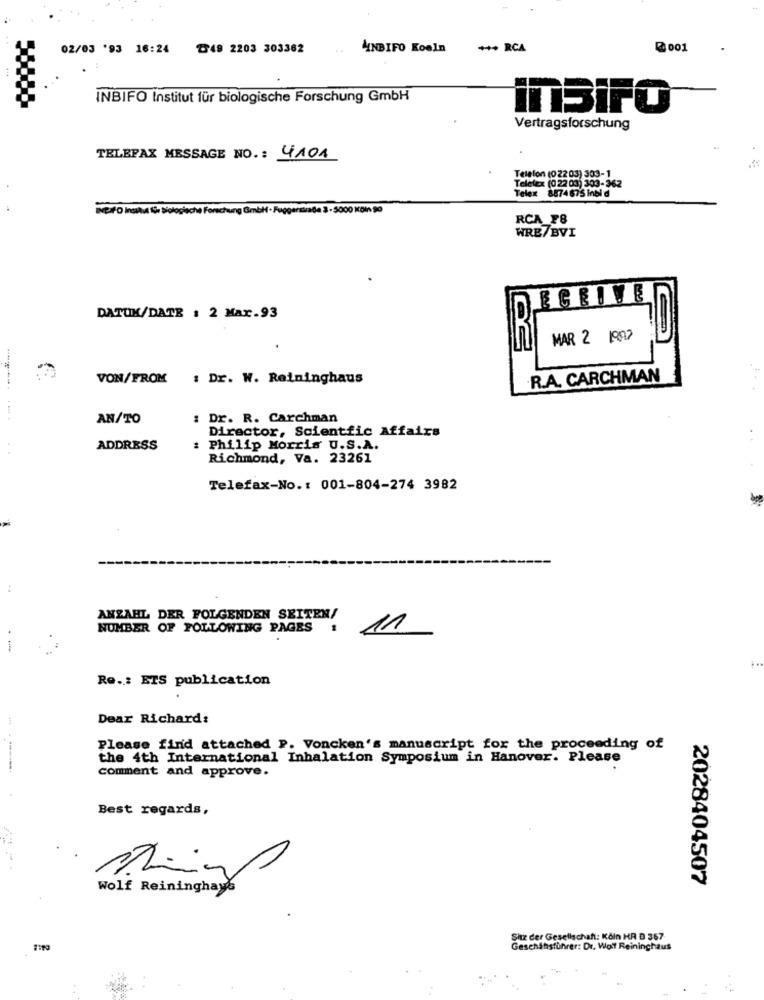
02/03 '93 16:24 ℃49 2203 303362
ANBIFO Koeln
*** RCA
₡ 001
INBIFO Institut für biologische Forschung GmbH
inBiFO
Vertragsforschung
TELEFAX MESSAGE NO .: 4101
Telelex (0 22 03) 303-362
Telefon (022 03) 303-1
Telex 8874675 Inbid
Wei/O Inclu für Biologische Forschung GmbH · Fuggerstraße 3 - 5000 KBin 90
RCA_F8
WRE/BVI
ECEIVE
DATUM/DATE : 2 Max.93
MAR 2 1993
VON/FROM
: Dr. W. Reininghaus
R.A. CARCHMAN
-----. .
AN/TO
: Dr. R. Carchman
Director, Scientfic Affairs
ADDRESS
Philip Morris U.S.A.
Richmond, Va. 23261
Telefax-No .: 001-804-274 3982
ANZAHL DER FOLGENDEN SEITEN/
NUMBER OF FOLLOWING PAGES
11
-
Ro .: ETS publication
Dear Richard:
Please find attached P. Voncken's manuscript for the proceeding of
the 4th International Inhalation Symposium in Hanover. Please
comment and approve.
Best regards,
2028404507
Wolf Reininghays
Shz der Gesellschaft: Köln HA 0 367
1190
Geschahsführer: Dr. Wolf Reininghaus